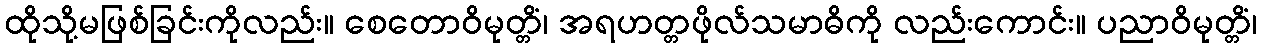
ထိုသို့မဖြစ်ခြင်းကိုလည်း။ စေတောဝိမုတ္တိံ၊ အရဟတ္တဖိုလ်သမာဓိကို လည်းကောင်း။ ပညာဝိမုတ္တိံ၊